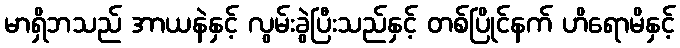
မာရှိဘသည် အာယနဲနှင့် လွမ်းခွဲပြီးသည်နှင့် တစ်ပြိုင်နက် ဟိရောမိနှင့်